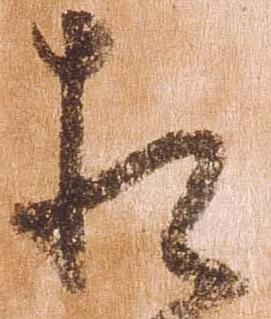
相